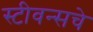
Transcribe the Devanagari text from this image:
स्टीवन्सचे